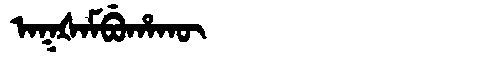
Manchu: ᠠᡴᡧᠠᠮᠪᡠᡥᠠᡴᡡ
Romanization: AKŠAMBUHAKŪ